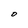
Character: O